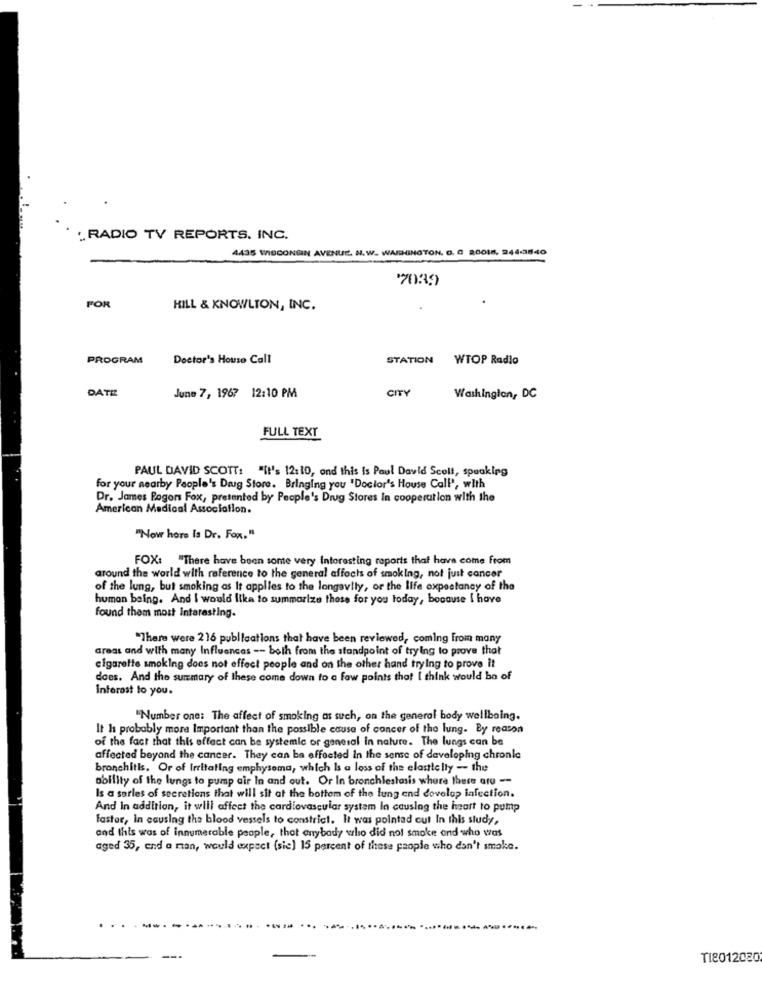
: RADIO TV REPORTS. INC.
4435 WISCONSIN AVENUE. N. W. WASHINGTON. G. C 20018, 244-3840
7039
FOR
HILL & KNOWLTON, INC.
PROGRAM
Doctor's House Call
STATION
WTOP Radio
DATE
CITY
June 7, 1967 12:10 PM
Washington, DC
FULL TEXT
PAUL DAVID SCOTT: "It's 12:10, and this is Paul David Scoll, speaking
for your nearby People's Dag Store. Bringing you "Doctor's House Call', with
Dr. James Pogon Fox, presented by People's Drug Stores In cooperation with the
American Medical Association.
"Now here Is Dr. Fox. "
FOX: "There have been some very Interesting raporis that have come From
around the world with reference to the general affects of smoking, not just cancer
of the lung, but smoking as It applies to the longevity, or the life expectancy of the
human baing. And I would like to summarize those for you today, because I have
found them most Interesting.
"There were 216 publications that have been reviewed, coming from many
areas and with many Influences -- both from the standpoint of trying to prove that
cigarette smoking does not effect people and on the other hand trying to prove it
does. And the summary of these come down to a few points that I think would ba of
Interest to you.
"Number one: The affect of smoking as such, on the general body wellbeing.
It Is probably more Important than the possible cause of concer of the lung. By reason
of the fact that this effect can be systemic or general in nature. The lungs can be
affected beyond the cancer. They can ba effected In the sense of developing chronle
bronchitis, Or of irritating emphysema, which Is a loss of the elasttelly -- the
ability of the lungs to pump air In and out. Or In bronchiestasis where there are --
Is a sarles of secretions that will sit at the bottom of the lung end develop infection.
And In addition, it will affect the cardiovascular system In causing the heart to pump
faster, In causing the blood vessels to constrict. It was pointad cut In this study,
and this was of innumerable people, that anybody who did not smoke and who was
aged 35, and a man, would expect (sie) 15 percent of these people who don't smoke.
...
TI8012020